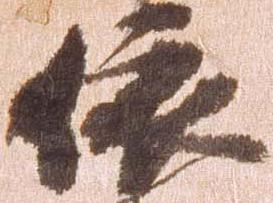
依